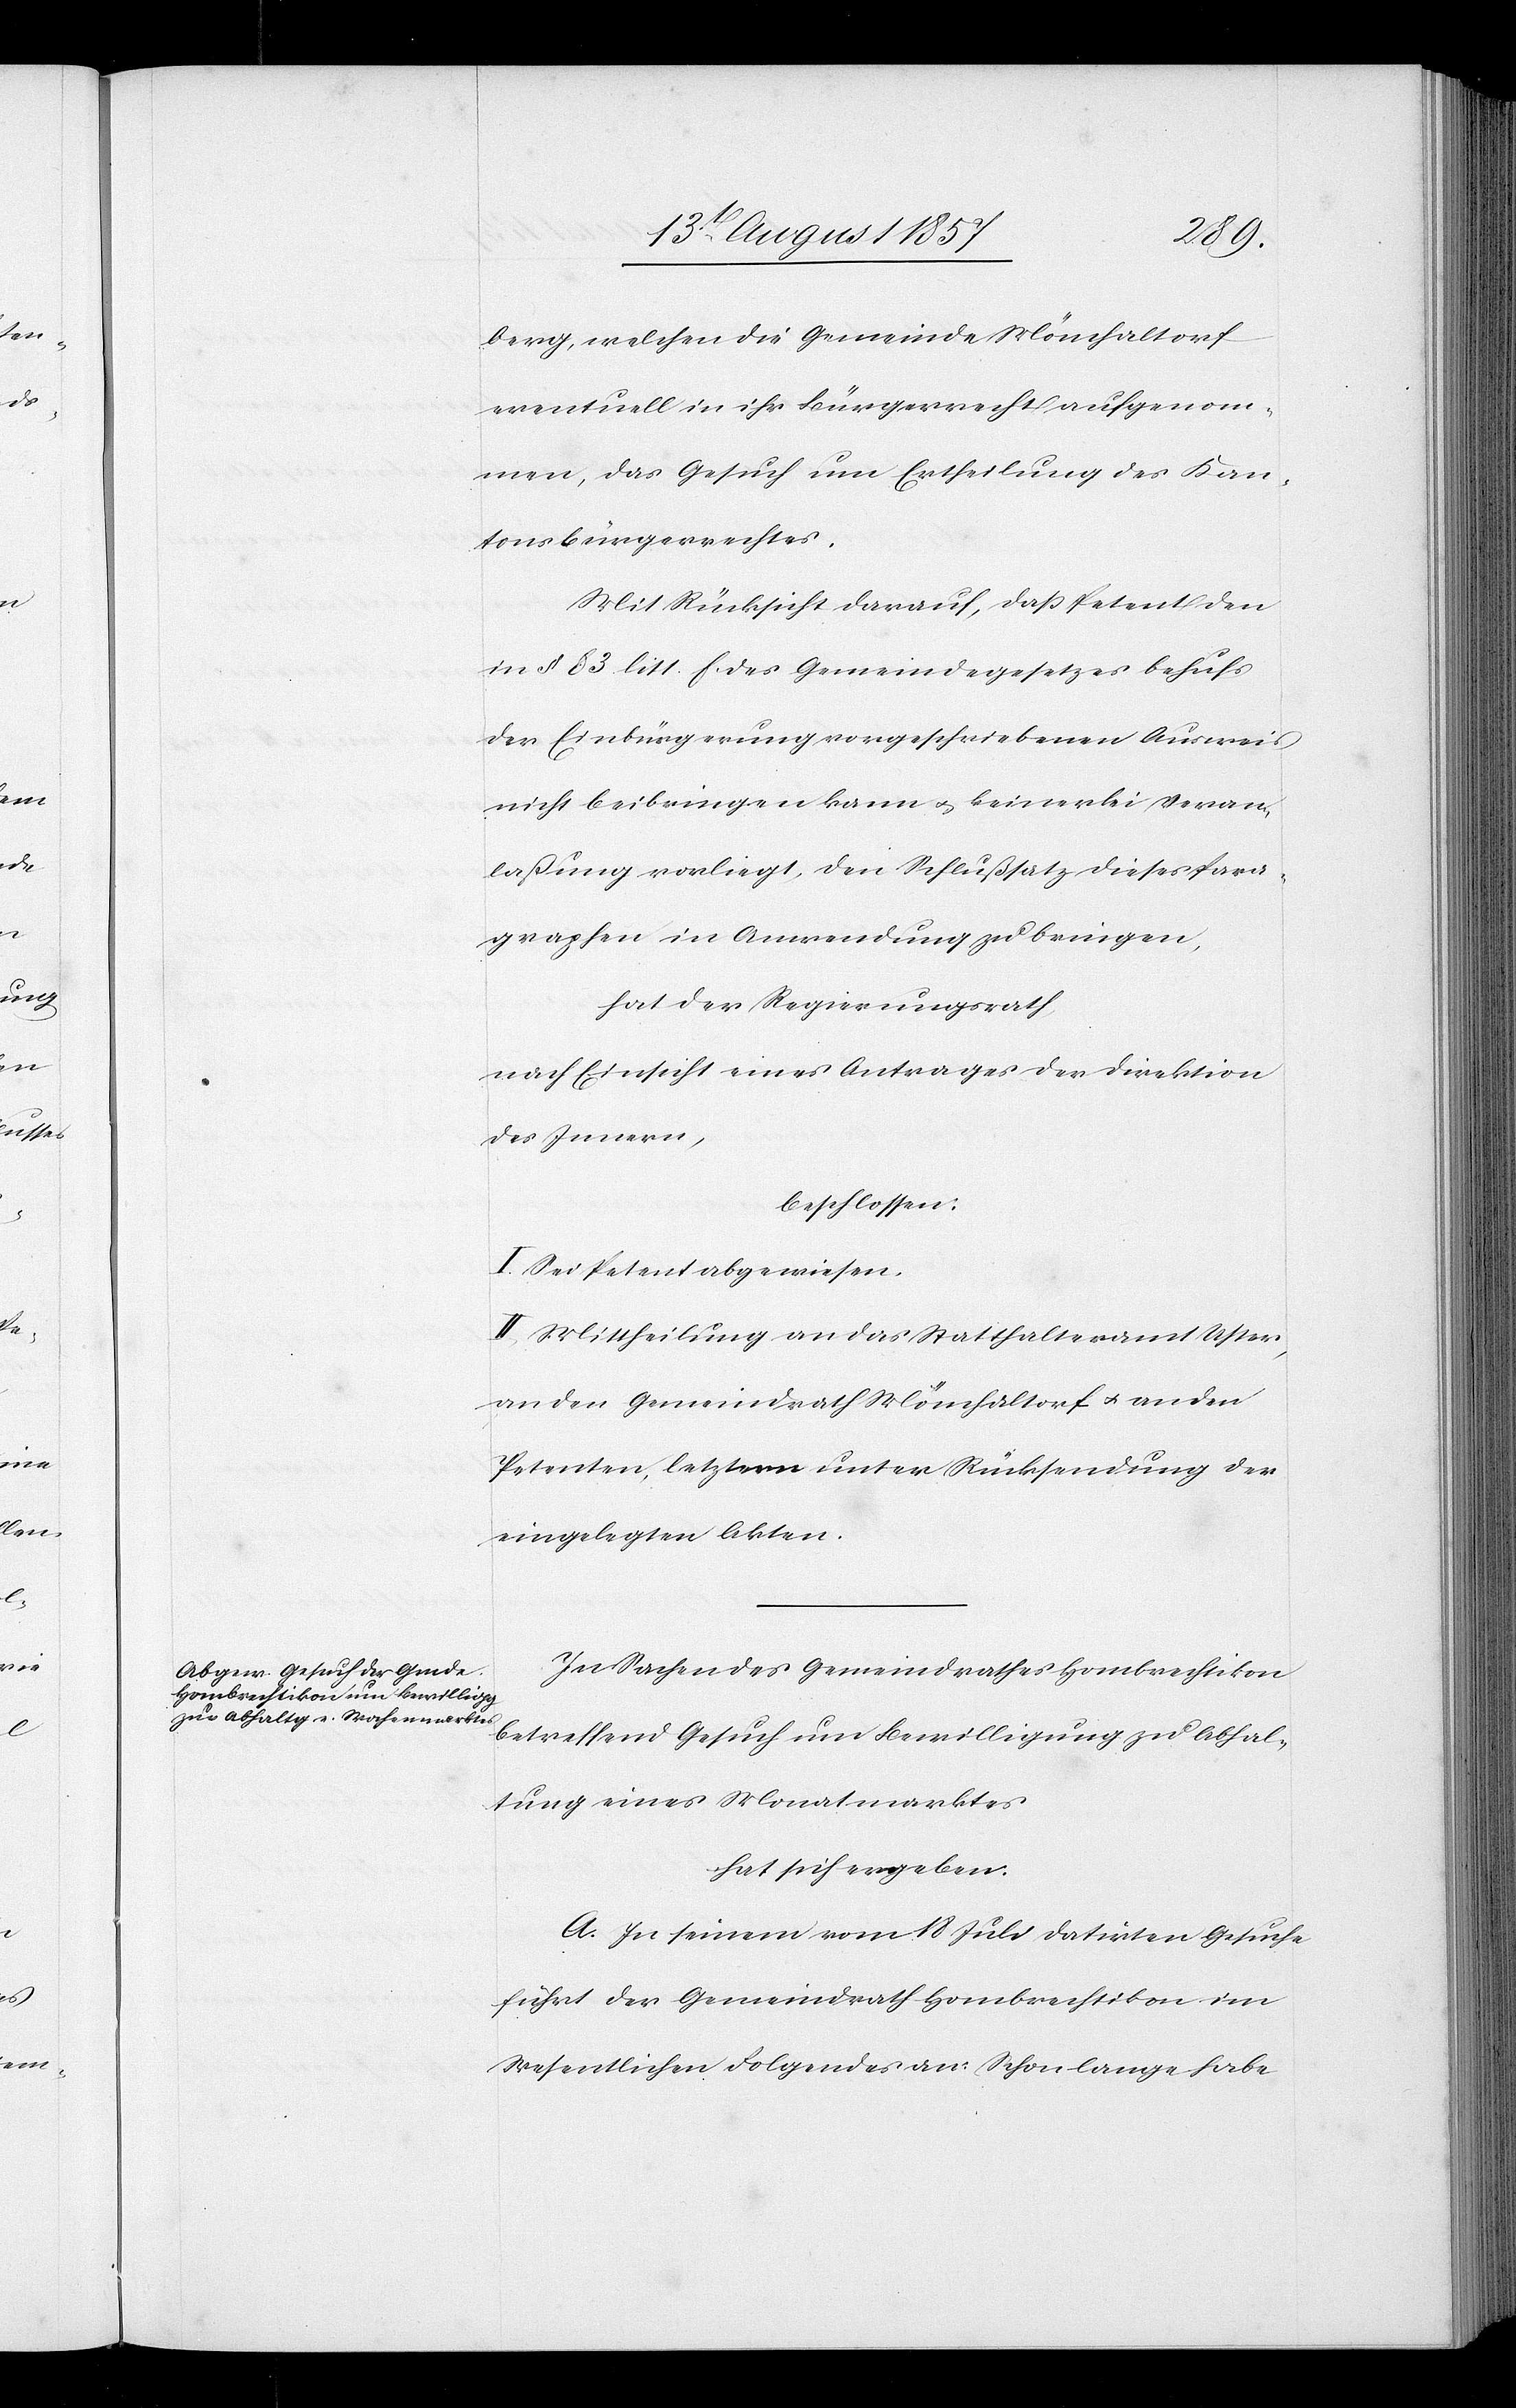
berg, welchen die Gemeinde Mönchaltorf
eventuell in ihr Bürgerrecht aufgenom¬
men, das Gesuch um Ertheilung des Kan¬
tonsbürgerrechtes.
Mit Rücksicht darauf, daß Petent den
in § 83 litt. f des Gemeindegesetzes behufs
der Einbürgerung vorgeschriebenen Ausweis
nicht beibringen kann & keinerlei Veran¬
laßung vorliegt, den Schlußsatz dieses Para¬
graphen in Anwendung zu bringen,
hat der Regierungsrath,
nach Einsicht eines Antrages der Direktion
des Innern,
beschlossen:
I. Sei Petent abgewiesen.
II. Mittheilung an das Statthalteramt Uster,
an den Gemeindrath Mönchaltorf & an den
Petenten, letztern unter Rücksendung der
eingelegten Akten.
In Sachen des Gemeindrathes Hombrechtikon
betreffend Gesuch um Bewilligung zu Abhal¬
tung eines Monatmarktes
hat sich ergeben:
A. In seinem vom 18 Juli datirten Gesuche
führt der Gemeindrath Hombrechtikon im
Wesentlichen Folgendes an: Schon lange habe